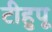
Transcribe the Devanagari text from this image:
टीहुपू